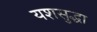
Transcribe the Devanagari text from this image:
यशसुद्धा